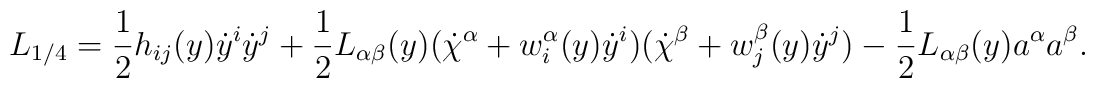
L_{1/4} =  \frac{1}{2} h_{ij}(y) \dot{y}^i \dot{y}^j + \frac{1}{2} L_{\alpha\beta}(y) (\dot{\chi}^\alpha + w^\alpha_i(y)\dot{y}^i) (\dot{\chi}^\beta + w^\beta_j(y)\dot{y}^j)  - \frac{1}{2} L_{\alpha\beta}(y)  a^\alpha a^\beta .